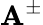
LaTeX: \mathbf{A}^{\pm}